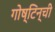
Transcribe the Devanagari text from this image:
गोष्टिन्ची